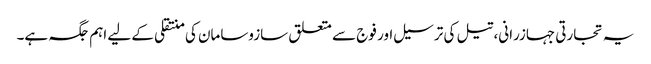
یہ تجارتی جہازرانی، تیل کی ترسیل اور فوج سے متعلق سازوسامان کی منتقلی کے لیے اہم جگہ ہے۔